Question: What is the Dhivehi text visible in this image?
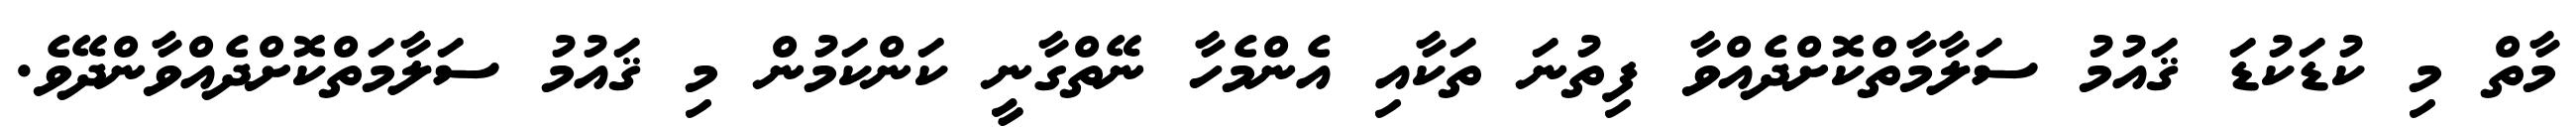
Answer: މާތް މި ކުޑަކުޑަ ޤައުމު ސަލާމާތްކޮށްދެއްވާ ފިތުނަ ތަކާއި އެންމެހާ ނޭތްގާނީ ކަންކަމުން މި ޤައުމު ސަލާމަތްކޮށްދެއްވާންދޭވެ.